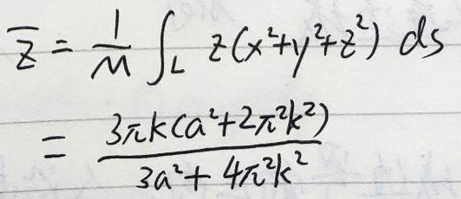
\(\overline{z}=\frac{1}{M}\int_{L}z(x^{4}+y^{4}+z^{4})ds=\frac{3\pi k(a^{2}+2\pi^{2}k^{2})}{3a^{3}+4\pi^{2}k^{2}}\)